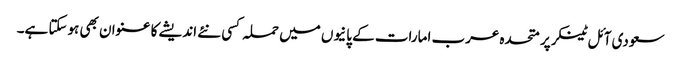
سعودی آئل ٹینکر پر متحدہ عرب امارات کے پانیوں میں حملہ کسی نئے اندیشے کا عنوان بھی ہوسکتا ہے۔